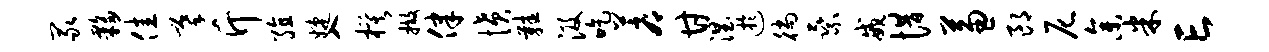
冢夥佳摹斤殖婕入模撤律愤鞋汲吃蓐甘涅迂徜乘戒惜兼郎尼参米亡